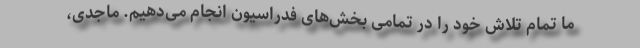
ما تمام تلاش خود را در تمامی بخش‌های فدراسیون انجام می‌دهیم. ماجدی،